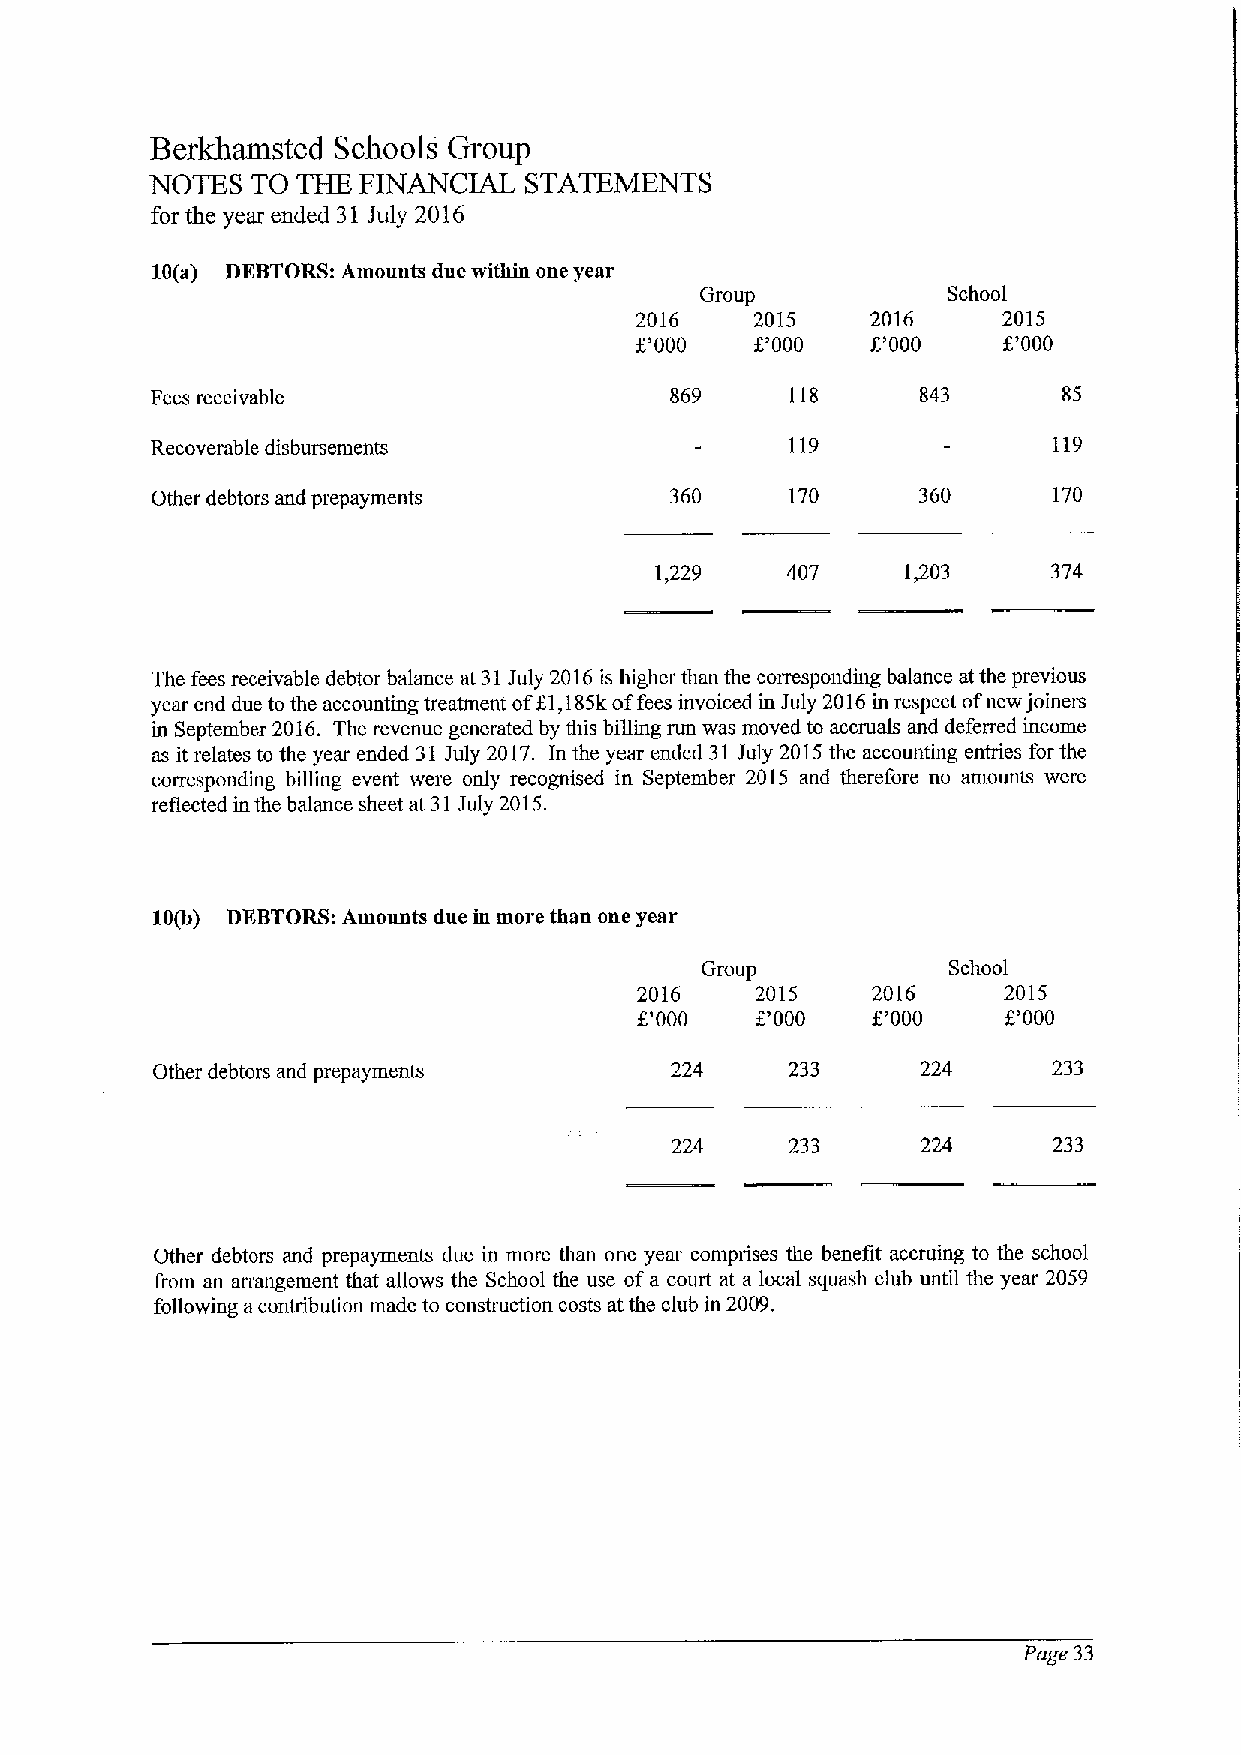
BerkhBJTIsted Schools Group
 NOTES  TO THE FINANCIAL  STATEMENTS
 for the year ended 31July 2016
 10(a) DEBTORS:Amounts due within one year
 Group            School
 2016    2015    2016    2015
 f,'000  f,'000  f,'000  6'000
 Fees receivable                   869     118      843      85
 Recoverable disbursements                 119               119
 Other debtors and prepayments     360     170      360      170
 1,229    407     1403      374
 The fees receivable debtor balance at 31July 2016is higher than the corresponding balance at the previous
 year end due to the accounting treatment off1,185koffees invoiced in July 2016in respect ofnew joiners
 in September 2016. The revenue generated by this billing run was moved to accruals and deferred income
 as it relates to the year ended 31 July 2017. In the year ended 31 July 2015the accounting entries for the
 corresponding billing event were only recognised in September 2015 and therefore no amounts were
 reflected in the balance sheet at 31July 2015.
 10(b) DEBTORS:Amounts due in more than one year
 Group            School
 2016    2015    2016    2015
 E'000   f,'000  6'000   f'000
 Other debtors and prepayments     224     233      224      233
 224     233      224      233
 Other debtors and prepayments due in more than one year comprises the benefit accruing to the school
 from an arrangement that allows the School the use ofa court at a local squash club until the year 2059
 following acontribution made to construction costs at the club in 2009,
 Page 33